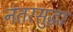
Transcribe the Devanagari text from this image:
नंतरसुद्धा